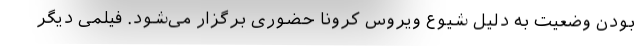
بودن وضعیت به دلیل شیوع ویروس کرونا حضوری برگزار می‌شود. فیلمی دیگر